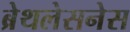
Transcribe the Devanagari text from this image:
ब्रेथलेसनेस